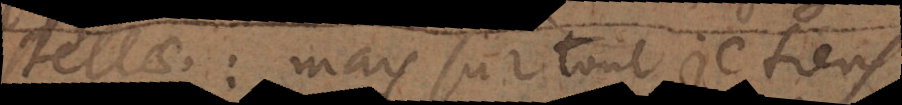
stellae: mais surtout je tiens